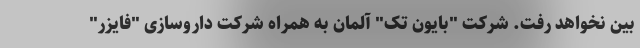
بین نخواهد رفت. شرکت "بایون تک" آلمان به همراه شرکت داروسازی "فایزر"